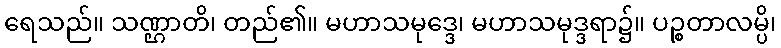
ရေသည်။ သဏ္ဌာတိ၊ တည်၏။ မဟာသမုဒ္ဒေ၊ မဟာသမုဒ္ဒရာ၌။ ပဉ္စတာလမ္ပိ၊